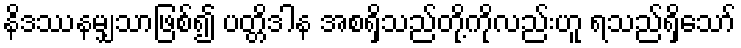
နိဒဿနမျှသာဖြစ်၍ ပတ္တိဒါန အစရှိသည်တို့ကိုလည်းဟူ ရသည်ရှိသော်